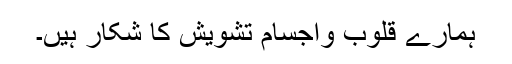
ہمارے قلوب واجسام تشویش کا شکار ہیں۔